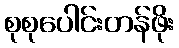
စုစုပေါင်းတန်ဖိုး